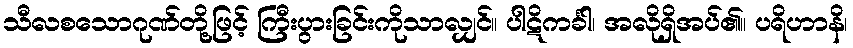
သီလစသောဂုဏ်တို့ဖြင့် ကြီးပွားခြင်းကိုသာလျှင်။ ပါဋိကင်္ခါ၊ အလိုရှိအပ်၏။ ပရိဟာနိ၊